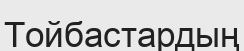
Тойбастардың